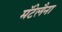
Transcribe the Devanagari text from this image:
मॅटेलैना